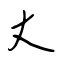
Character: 丈